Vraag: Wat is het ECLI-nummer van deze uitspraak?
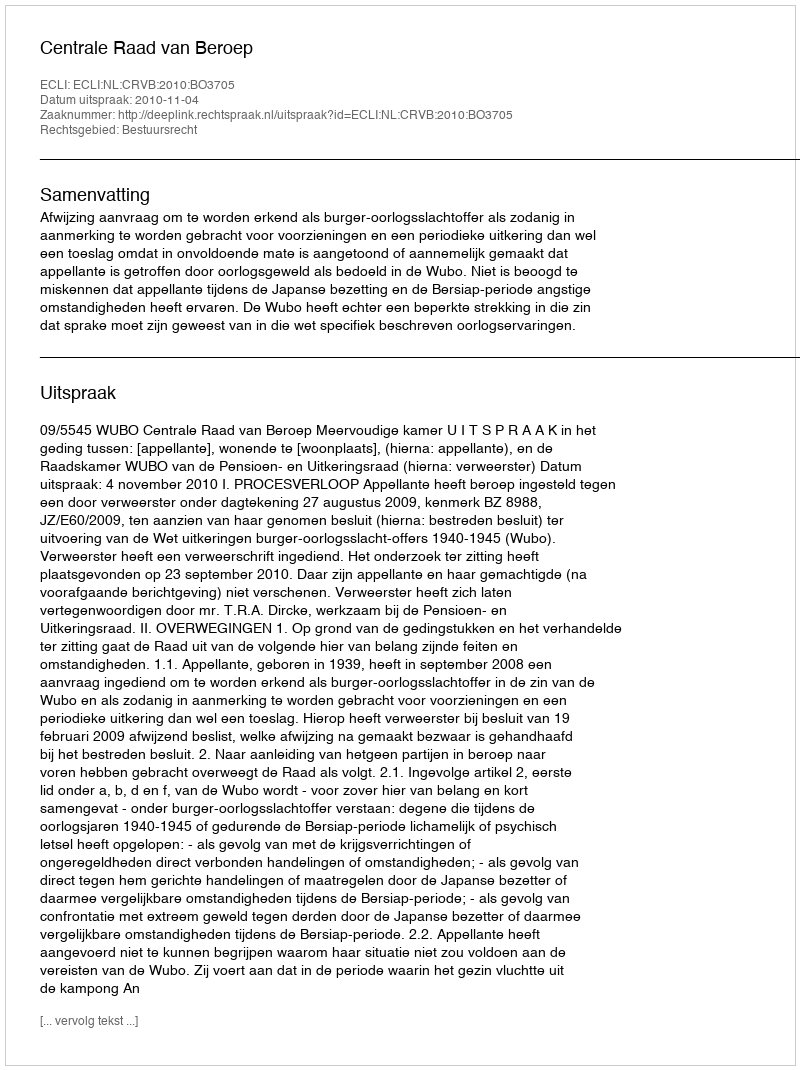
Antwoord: ECLI:NL:CRVB:2010:BO3705